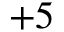
+ 5